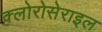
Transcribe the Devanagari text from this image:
क्लोरोसेराइल